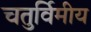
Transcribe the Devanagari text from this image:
चतुर्विमीय